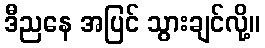
ဒီညနေ အပြင် သွားချင်လို့။